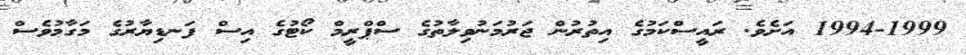
1994-1999 އަށެވެ. ރައީސްކަމުގެ އިތުރުން ޖަރުމަނުވިލާތުގެ ސްޕްރީމް ކޯޓުގެ އިސް ފަނޑިޔާރުގެ މަގާމުވެސް